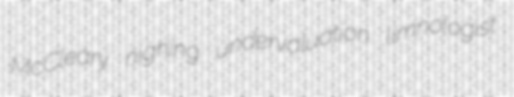
McCleary nighing undervaluation limnologist